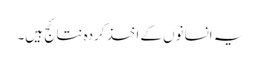
یہ انسانوں کے اخذ کردہ نتائج ہیں۔